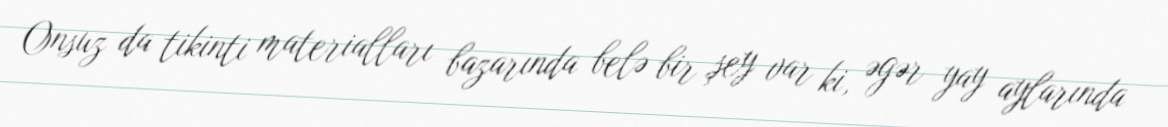
Onsuz da tikinti materialları bazarında belə bir şey var ki, əgər yay aylarında